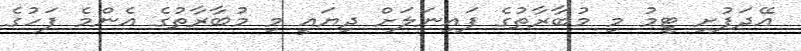
އޭދަފުށި ޓީމު މި މުބާރާތުގެ ފައިނަލަށް ދިޔައީ މި މުބާރާތުގެ އެންމެ ފަހުގެ